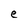
Character: e